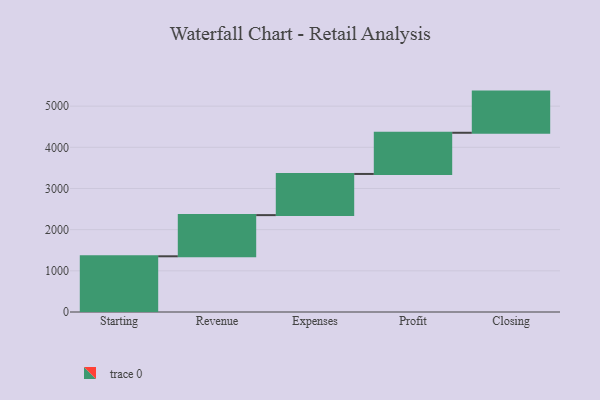
{"axis": {"x": "Step", "y": "Value"}, "legend": [""], "data": [{"x": "Starting", "y": 1353.0, "type": ""}, {"x": "Revenue", "y": 1000, "type": ""}, {"x": "Expenses", "y": 1000, "type": ""}, {"x": "Profit", "y": 1000, "type": ""}, {"x": "Closing", "y": 1000, "type": ""}]}